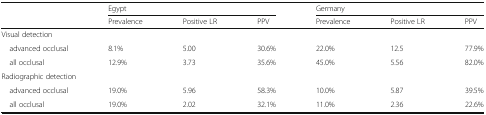
<table><thead><tr><td></td><td colspan="3"><b>Egypt</b></td><td colspan="3"><b>Germany</b></td></tr><tr><td></td><td><b>Prevalence</b></td><td><b>Positive LR</b></td><td><b>PPV</b></td><td><b>Prevalence</b></td><td><b>Positive LR</b></td><td><b>PPV</b></td></tr></thead><tbody><tr><td colspan="7">Visual detection</td></tr><tr><td> advanced occlusal</td><td>8.1%</td><td>5.00</td><td>30.6%</td><td>22.0%</td><td>12.5</td><td>77.9%</td></tr><tr><td> all occlusal</td><td>12.9%</td><td>3.73</td><td>35.6%</td><td>45.0%</td><td>5.56</td><td>82.0%</td></tr><tr><td colspan="7">Radiographic detection</td></tr><tr><td> advanced occlusal</td><td>19.0%</td><td>5.96</td><td>58.3%</td><td>10.0%</td><td>5.87</td><td>39.5%</td></tr><tr><td> all occlusal</td><td>19.0%</td><td>2.02</td><td>32.1%</td><td>11.0%</td><td>2.36</td><td>22.6%</td></tr></tbody></table>